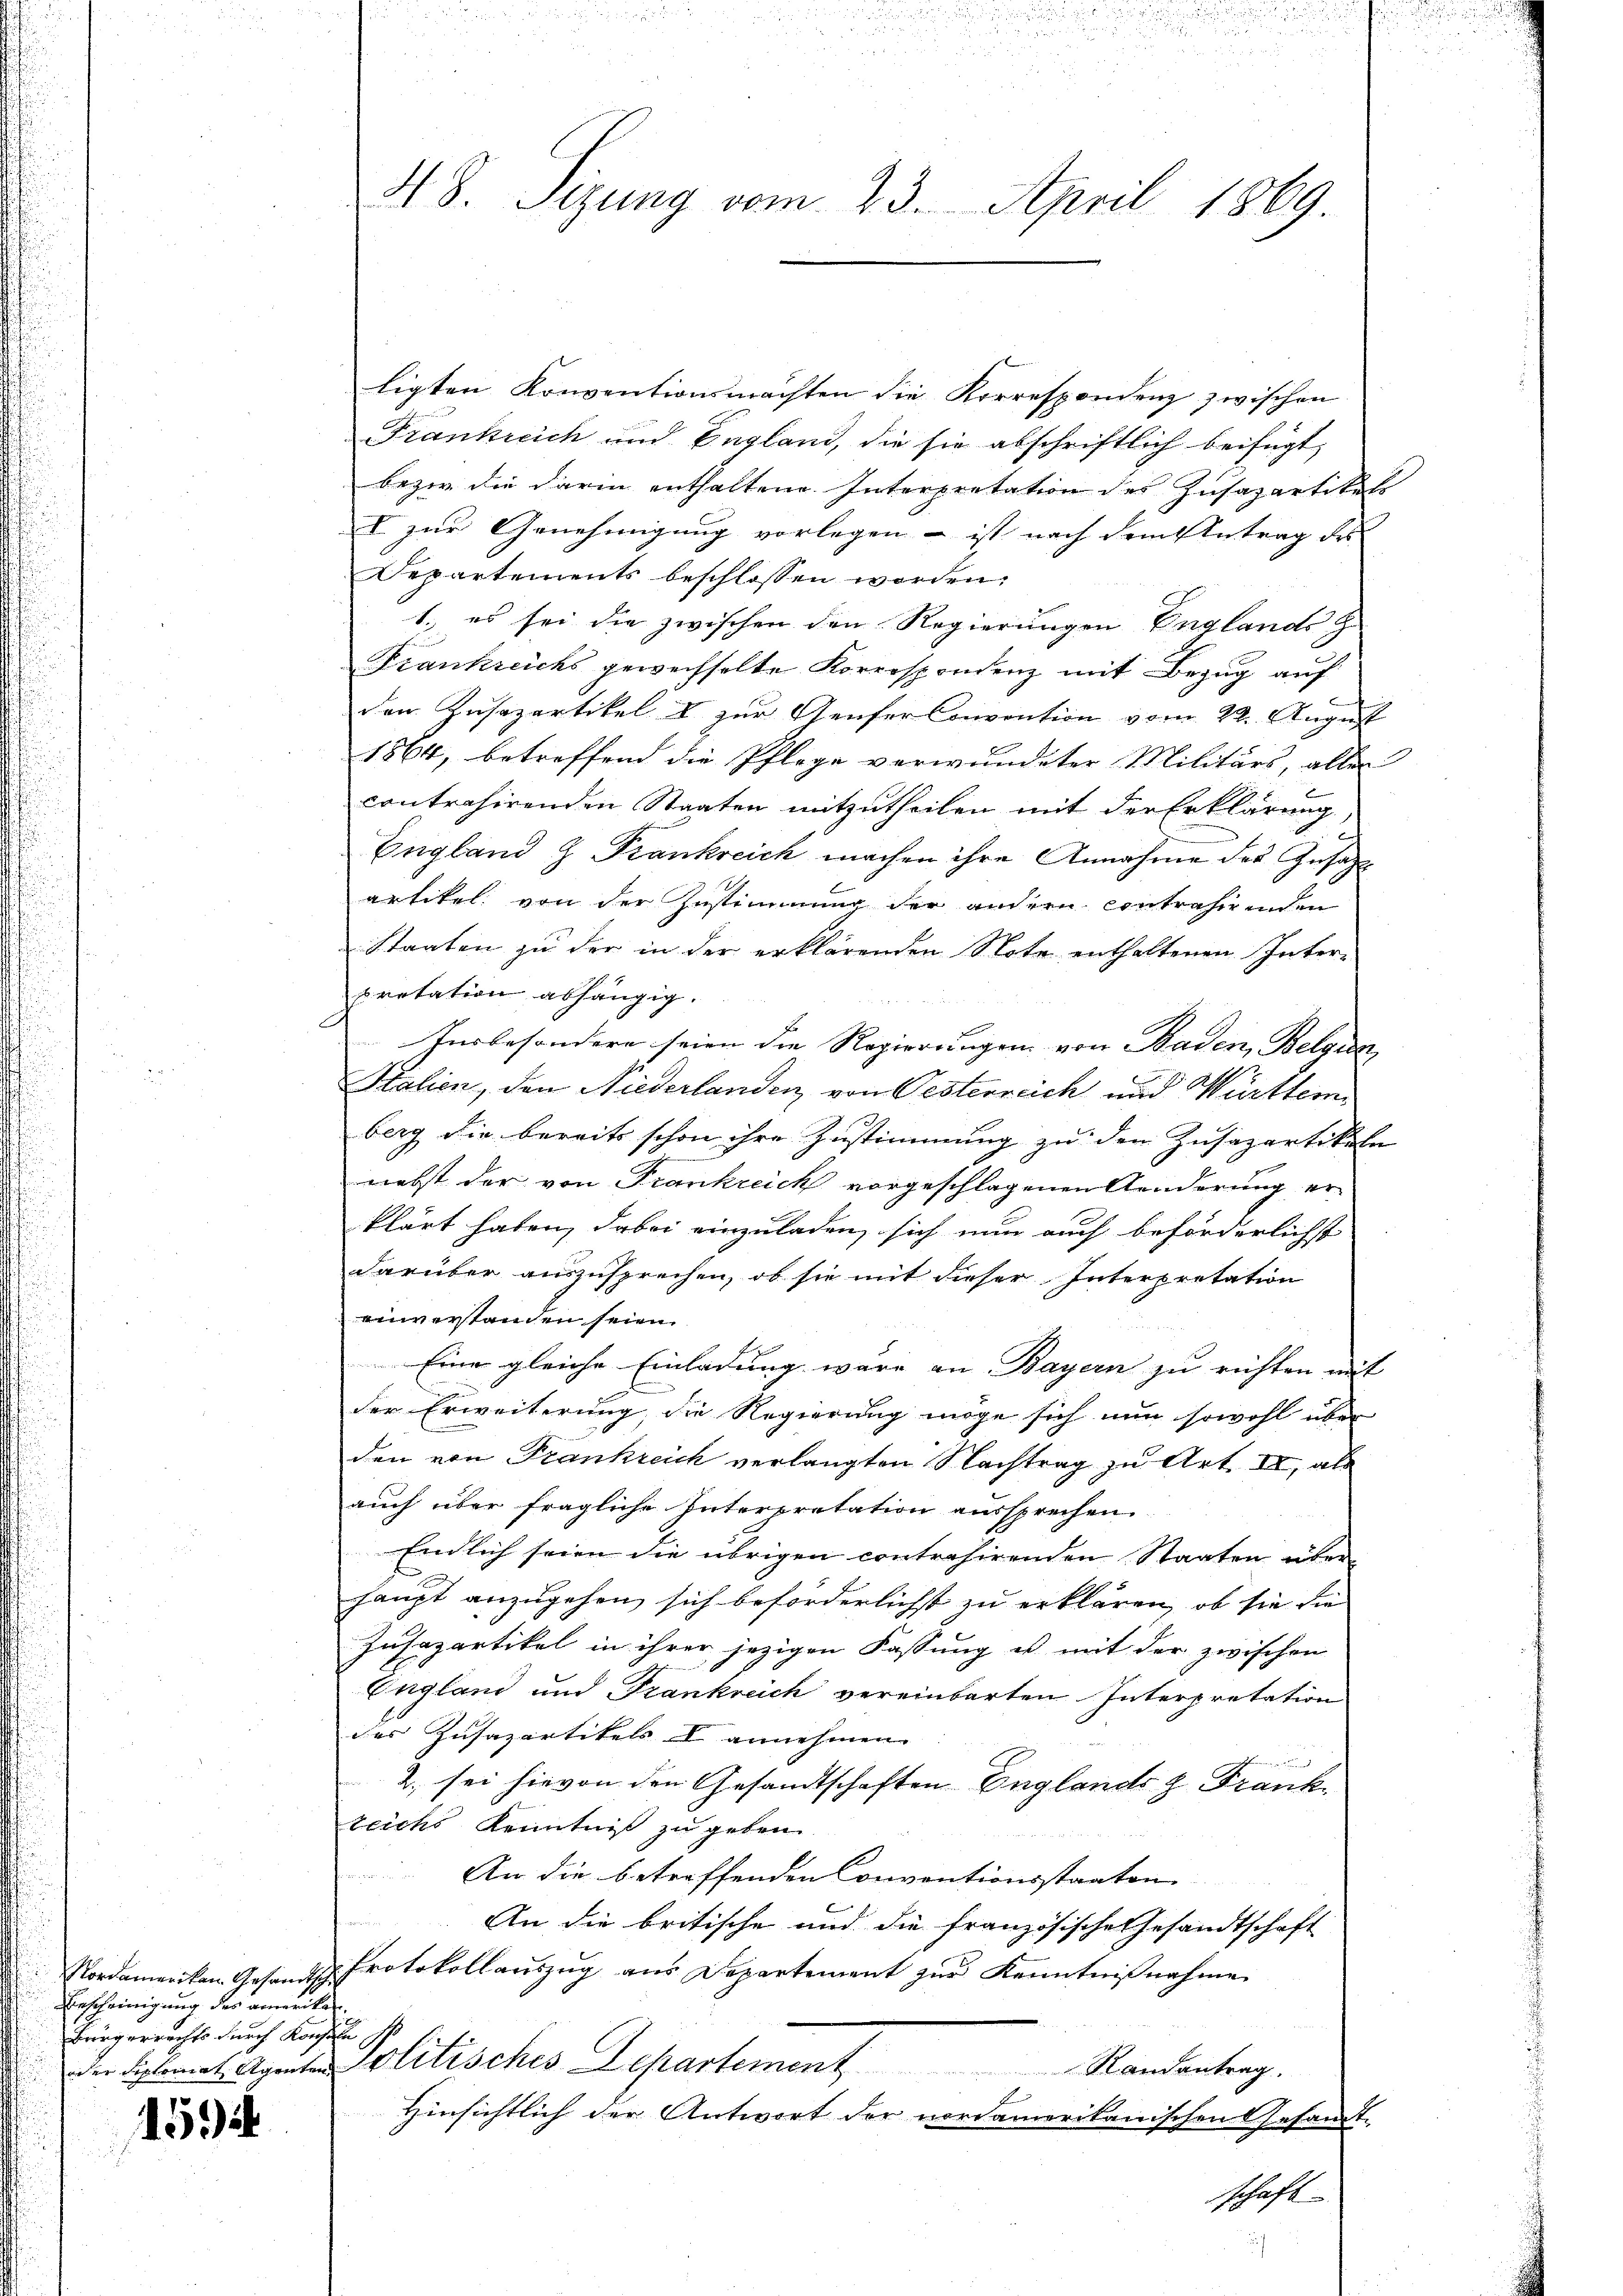
Nordamerikan Gesandtsch.
Bescheinigung des amerika
Bürgerrechts durch Korp
oder Septomat Agenten

1594

48. Sizung vom 23. April 1869.

ligten Konventionsmachten die Korrespondenz zwischen
Frankreich und England, die sie abschriftlich beifügt,
bezir die darin enthaltene Interpretation des Zusapartikels
I zur Genehmigung vorlegen – ist nach dem Antrag des
Departements beschlossen worden.
1.) es sei die zwischen den Regierungen Englands z
Frankreichs gewechselte Korrespondenz mit Bezug auf
den Zusazartikel & zur Genfer Convention vom 22. August
1864, betreffend die Pflege verwundeter Militärs, alles
contrahirenden Staaten mitzutheilen mit der Erklärung
England & Frankreich machen ihre Annahme des Zusatz
artikel von der Zustimmung der andern contrahirenden
Staaten zu der in der erklärenden Note enthaltenen Inter-
pretation abhängig.
Insbesondere seien die Regierungen von Baden, Belgien
Italien, den Niederlanden von Oesterreich und Württemberg die bereits schon ihre Zustimmung zu den Zusazartikeln
nebst der von Frankreich vorgeschlagenen Aenderung er
klärt haben, dabei einzuladen, sich nun auch beförderlichst
darüber auszusprechen, ob sie mit dieser Interpretation
einverstanden seien.
Eine gleiche Einladung wäre an Bayern zu richten mit
a
der Erweiterung, die Regierung möge sich nun sowohl über
den von Frankreich verlangten Nachtrag zu Art. II, als
auch über fragliche Interpretation aussprechen.
Endlich seien die übrigen contrahirenden Staaten über
haupt anzugehen sich beförderlichst zu erklären, ob sie die
Zusapartikel in ihrer jezigen Fassung u. mit der zwischen
England und Frankreich vereinbarten Interpretation
der Zusazartikels & annehmen. |
2., sei hievon den Gesandtschaften Englands z Frank
teichs Kenntniß zu geben.
An die betreffenden Conventionsstaaten
An die britische und die französische Gesandtschaft
Protokollauszug aus Departement zur Kenntnißnahme
u
Politisches Departement Randantrag.
Hinsichtlich der Antwort der nordamerikanischen Gesandt-
schaft